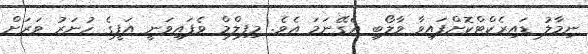
ނިމާލު ޑައިރެކްޓްކޮށްފައިވާ ވާލޯބި އެގޭނަމަ އެވެ. މިފިލްމް ވެފައިވަނީ އަފީގެ ހުނަރު ވަރަށް